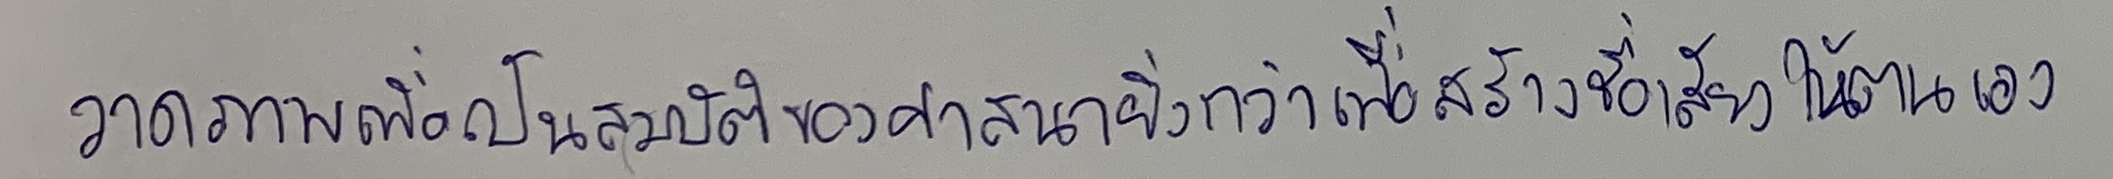
วาดภาพเพื่อเป็นสมบัติของศาสนายิ่งกว่าเพื่อสร้างชื่อเสียงให้ตนเอง